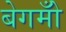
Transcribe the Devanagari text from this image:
बेगमोँ